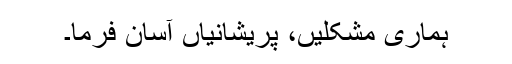
ہماری مشکلیں، پریشانیاں آسان فرما۔